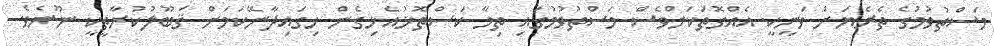
މަސްތުވުމުގެ ތެރެޔަށް ވަނީކީ އެއްގޮތަކަށްވެސް މަސްތުވުމުގައި ތިމާ ކަސްތޮޅުއެޅިގެން ހިގައިދާނޭކަމަށް ޤަބޫލުކުރާތީކީ ނޫނެވެ.